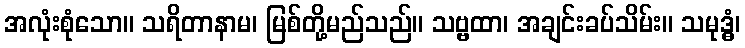
အလုံးစုံသော။ သရိတာနာမ၊ မြစ်တို့မည်သည်။ သဗ္ဗထာ၊ အချင်းခပ်သိမ်း။ သမုဒ္ဓံ၊